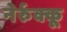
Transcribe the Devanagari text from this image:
नेर्रुक्कू